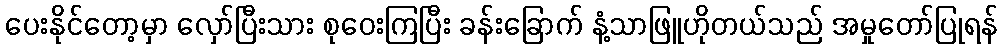
ပေးနိုင်တော့မှာ လှော်ပြီးသား စုဝေးကြပြီး ခန်းခြောက် နံ့သာဖြူဟိုတယ်သည် အမှုတော်ပြုရန်